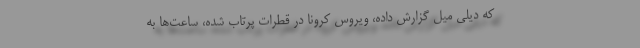
که دیلی میل گزارش داده، ویروس کرونا در قطرات پرتاب شده، ساعت‌ها به